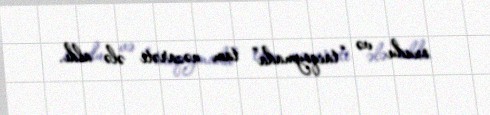
oxudu və “tacqoymada” tam nəzarəti ələ aldı.